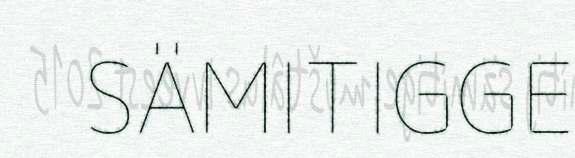
SÄMITIGGE